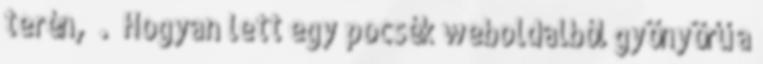
terén, . Hogyan lett egy pocsék weboldalból gyönyörű a